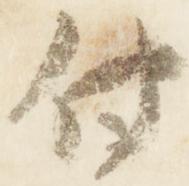
付